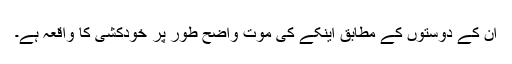
ان کے دوستوں کے مطابق اینکے کی موت واضح طور پر خودکشی کا واقعہ ہے۔